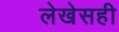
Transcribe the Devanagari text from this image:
लेखेसही